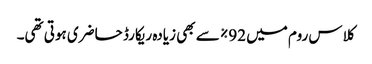
کلاس روم میں 92% سے بھی زیادہ ریکارڈ حاضری ہوتی تھی۔